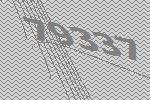
79337